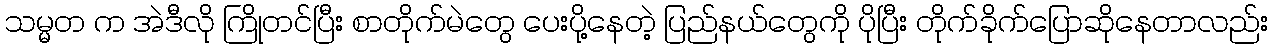
သမ္မတ က အဲဒီလို ကြိုတင်ပြီး စာတိုက်မဲတွေ ပေးပို့နေတဲ့ ပြည်နယ်တွေကို ပိုပြီး တိုက်ခိုက်ပြောဆိုနေတာလည်း